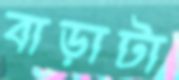
বাড়াটা